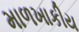
માળખાકીય